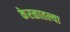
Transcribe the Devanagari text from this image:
केरळातल्या